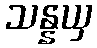
သန္နယှ